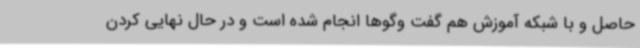
حاصل و با شبکه آموزش هم گفت وگوها انجام شده است و در حال نهایی کردن